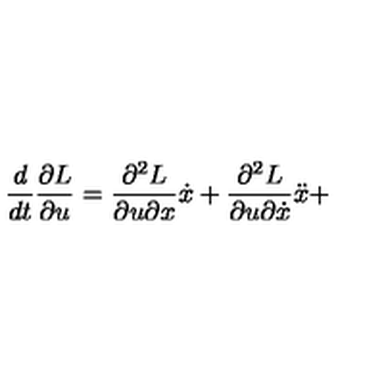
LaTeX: \frac { d } { d t } \frac { \partial L } { \partial u } = \frac { \partial ^ { 2 } L } { \partial u \partial x } \dot { x } + \frac { \partial ^ { 2 } L } { \partial u \partial \dot { x } } \ddot { x } +